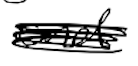
Text: and
Cross-out: scratch
Writing tool: digital_black